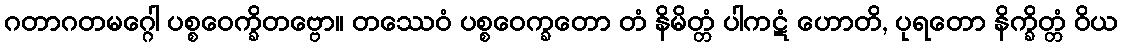
ဂတာဂတမဂ္ဂေါ ပစ္စဝေက္ခိတဗ္ဗော။ တဿေဝံ ပစ္စဝေက္ခတော တံ နိမိတ္တံ ပါကဋံ ဟောတိ, ပုရတော နိက္ခိတ္တံ ဝိယ